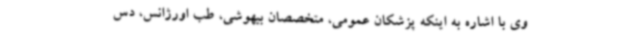
وی با اشاره به اینکه پزشکان عمومی، متخصصان بیهوشی، طب اورژانس، دس